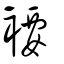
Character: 䙅